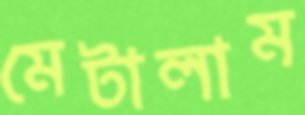
মেটালাম